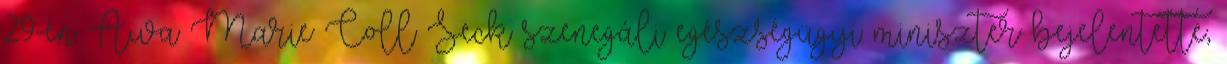
29-én Awa Marie Coll Seck szenegáli egészségügyi miniszter bejelentette,